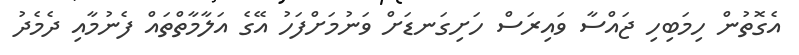
އެގޮތުން ހިމަބިހި ޖައްސާ ވައިރަސް ހަށިގަނޑަށް ވަނުމަށްފަހު އޭގެ އަލާމާތްތައް ފެނުމާއި ދެމެދު